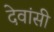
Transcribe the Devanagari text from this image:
देवांसी